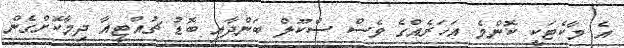
އެ މާކެޓަކީ ކޮންމެ އަހަރެއްގެ ވެސް ސްކޫލް ބަންދާއި ބޮޑު ޗުއްޓީއާ ދިމާކޮށްގެން